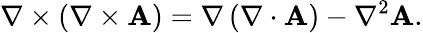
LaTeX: \nabla\times\left(\nabla\times\mathbf{A}\right)=\nabla\left(\nabla\cdot\mathbf{A}\right)-\nabla^{2}\mathbf{A}.